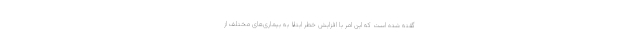
گفته شده است که این امر با افزایش خطر ابتلا به بیماری‌های مختلف از